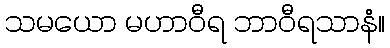
သမယော မဟာဝီရ ဘာဝီရသာနံ။